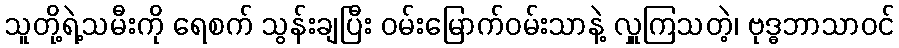
သူတို့ရဲ့သမီးကို ရေစက် သွန်းချပြီး ဝမ်းမြောက်ဝမ်းသာနဲ့ လှူကြသတဲ့၊ ဗုဒ္ဓဘာသာဝင်